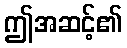
ဤအဆင့်၏